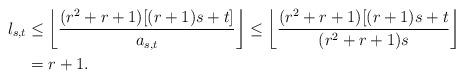
LaTeX: \begin{align*}l_{s,t}&\le\left\lfloor\frac{(r^2+r+1)[(r+1)s+t]}{a_{s,t}}\right\rfloor\le\left\lfloor\frac{(r^2+r+1)[(r+1)s+t}{(r^2+r+1)s}\right\rfloor\\&=r+1.\end{align*}